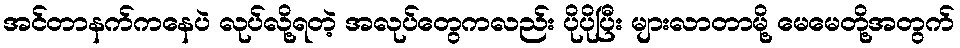
အင်တာနက်ကနေပဲ လုပ်လို့ရတဲ့ အလုပ်တွေကလည်း ပိုပိုပြီး များလာတာမို့ မေမေတို့အတွက်